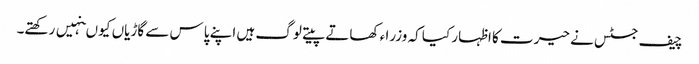
چیف جسٹس نے حیرت کا اظہار کیا کہ وزرا ء کھاتے پیتے لوگ ہیں اپنے پاس سے گاڑیاں کیو ںنہیں رکھتے۔